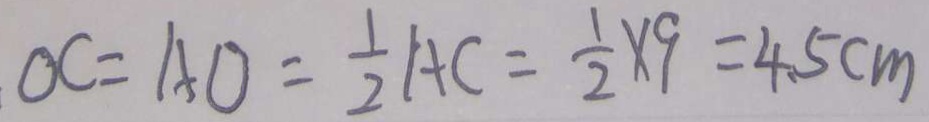
O C = A O = \frac { 1 } { 2 } A C = \frac { 1 } { 2 } \times 9 = 4 . 5 c m